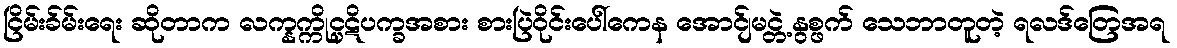
ငြိမ်းခ်မ်းရေး ဆိုတာက လက္နက္ကိုင္ပဋိပက္ခအစား စားပြဲဝိုင်းပေါ်ကေန အောင်ျမင္တဲ့ နွစ္ဖက် သေဘာတူတဲ့ ရလဒ်တြေအရ